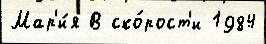
Мар'и́я В ско́рост'и 1984